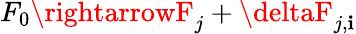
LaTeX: F_{0}\rightarrowF_{j}+\deltaF_{j,\mathbf{i}}